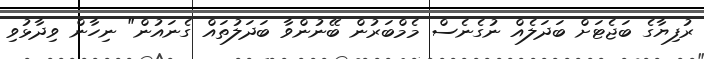
ރުފިޔާގެ ބަޖެޓަށް ބަދަލެއް ނުގެނެސް މެމްބަރުން ބޭނުންވާ ބަދަލުތައް ގެނައުން" ނިހާން ވިދާޅުވި